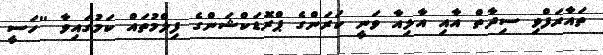
ތައާރަފްވި ސިދާތް އާއި އާލިއާ ވަނީ ކަރަންގެ ޕްރޮޑަކްޝަންގެ ފިލްމުތައް ކަމުގައިވާ ''ހަސީ